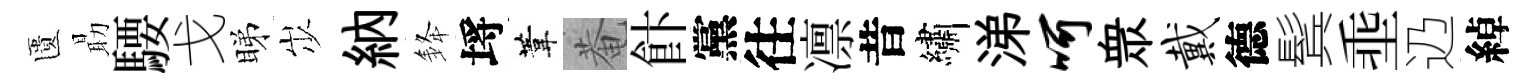
匱朂騕戈睇𡵯納𨦟埓葦菴飰黨往凛昔繡涕呵衆戴德鬂埀辸綽